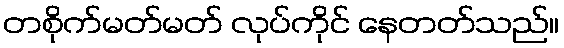
တစိုက်မတ်မတ် လုပ်ကိုင် နေတတ်သည်။